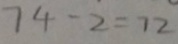
7 4 - 2 = 7 2